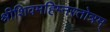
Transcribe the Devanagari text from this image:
श्रीशिवमहिम्नस्तोत्रम्